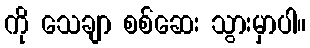
ကို သေချာ စစ်ဆေး သွားမှာပါ။